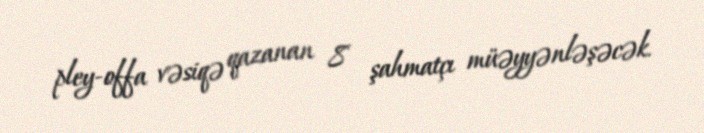
pley-offa vəsiqə qazanan 8 şahmatçı müəyyənləşəcək.